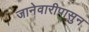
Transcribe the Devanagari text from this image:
जानेवारीपासुन